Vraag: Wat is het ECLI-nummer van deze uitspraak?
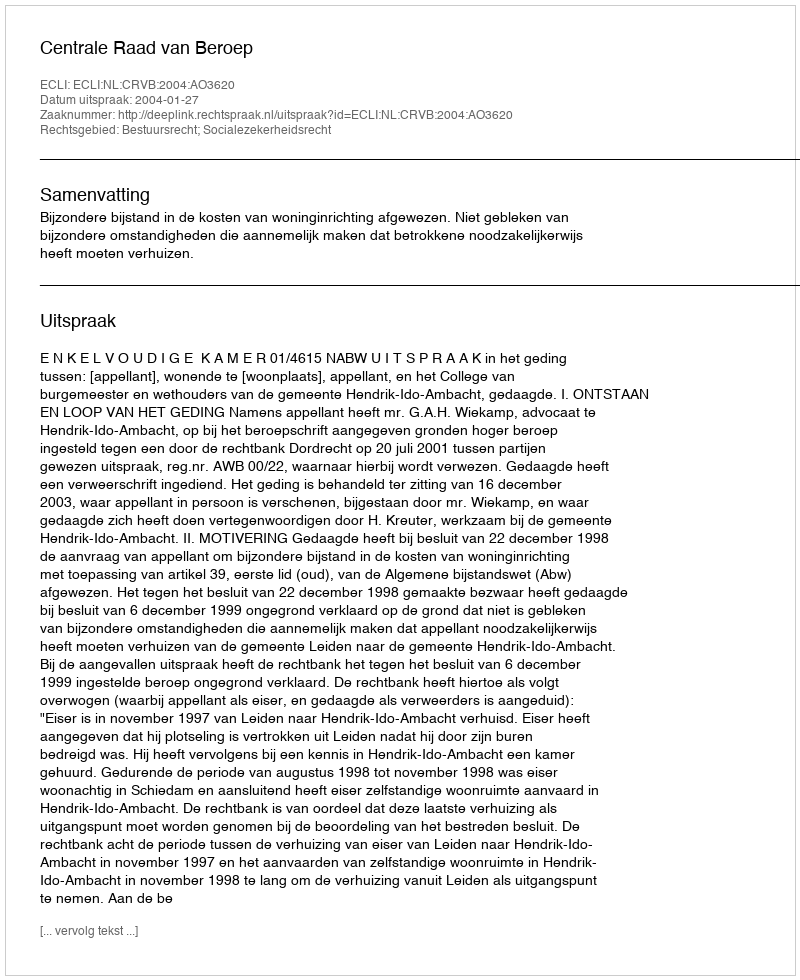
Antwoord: ECLI:NL:CRVB:2004:AO3620